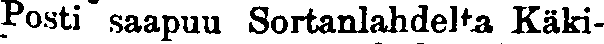
Posti saapuu Sortanlahdelta Käki-